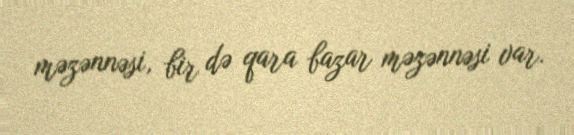
məzənnəsi, bir də qara bazar məzənnəsi var.